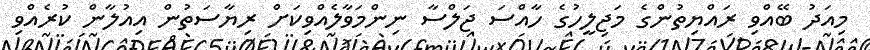
މިއަދު ބޭއްވި ރައްޔިތުންގެ މަޖިލީހުގެ ހާއްސަ ޖަލްސާ ނިންމަވާލެއްވިކަށް ރިޔާސަތުން އިއުލާން ކުރެއްވި